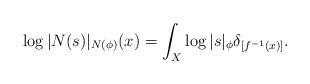
LaTeX: \begin{align*}\log |N(s)|_{N(\phi)} (x)= \int_{X} \log |s|_{\phi} \delta_{[f^{-1}(x)]}.\end{align*}